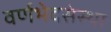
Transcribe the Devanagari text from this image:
वर्णभेदसंस्था